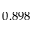
0 . 8 9 8